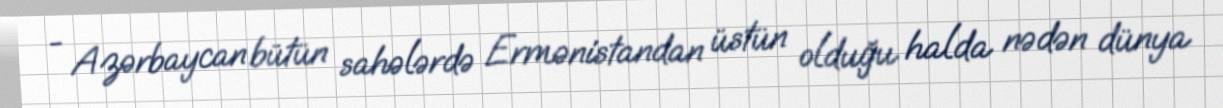
- Azərbaycan bütün sahələrdə Ermənistandan üstün olduğu halda nədən dünya